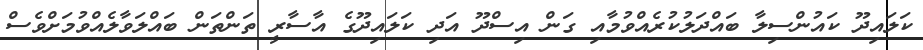
ކަލައިދޫ ކައުންސިލާ ބައްދަލުކުރެއްވުމާއި ގަން އިސްދޫ އަދި ކަލައިދޫގެ އާސާރީ ތަންތަން ބައްލަވާލެއްވުމަށްވެސް